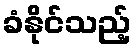
ခံနိုင်သည့်